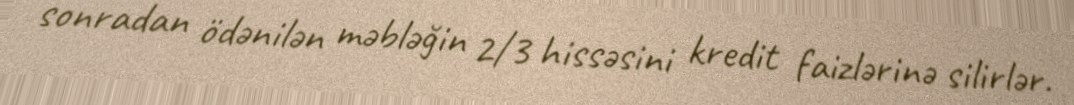
sonradan ödənilən məbləğin 2/3 hissəsini kredit faizlərinə silirlər.